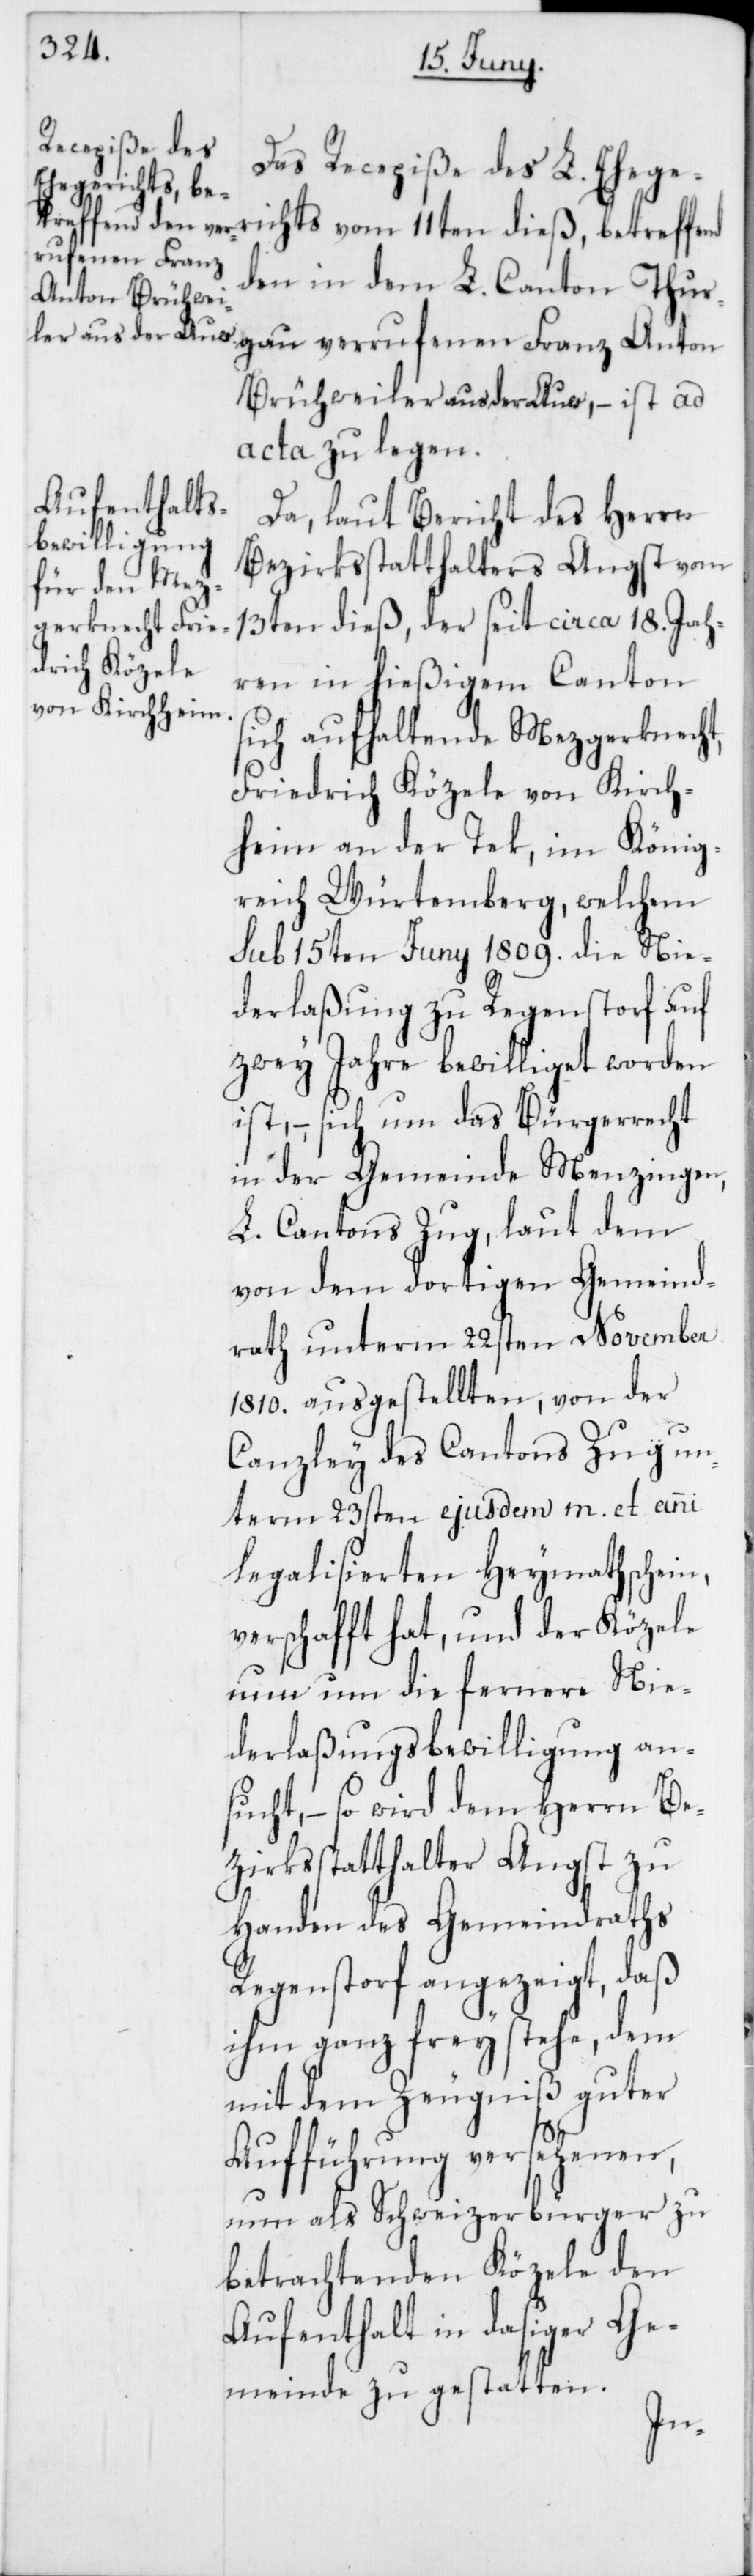
Das Recepiße des L. Eheger¬
rufenen Franz
den in dem L. Canton Thur¬
Brühweiler aus der Auw, – ist ad
acta zu legen.
Da, laut Bericht des Herrn
Bezirksstatthalters Angst vom
13ten dieß, der seit circa 18. Jah¬
ren in hießigem Canton
sich aufhaltende Mezgerknecht,
Friedrich Közele von Kirch¬
heim an der Tek, im König¬
reich Würtemberg, welchem
sub 15ten Juny 1809. die Nie¬
derlaßung zu Regenstorf auf
zwey Jahre bewilliget worden
ist, – sich um das Bürgerrecht
in der Gemeinde Menzingen,
L. Cantons Zug, laut dem
von dem dortigen Gemeind¬
rath unterm 22sten November
1810. ausgestellten, von der
Canzley des Cantons Zug un¬
term 23sten ejusdem m. et anni
legalisierten Heymathschein,
verschafft hat, und der Közele
nun um die fernere Nie¬
derlaßungsbewilligung an¬
sucht, – so wird dem Herrn Be¬
zirksstatthalter Angst zu
Handen des Gemeindraths
Regenstorf angezeigt, daß
ihm ganz frey stehe, dem
mit dem Zeugniß guter
Aufführung versehenen,
nun als Schweizerbürger zu
betrachtenden Közele den
Aufenthalt in dasiger Ge¬
meinde zu gestatten.
ver¬